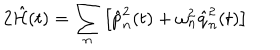
LaTeX: 2 \hat { { \cal H } } ( t ) = \sum _ { n } \left[ \hat { p } _ { n } ^ { 2 } ( t ) + \omega _ { n } ^ { 2 } \hat { q } _ { n } ^ { 2 } ( t ) \right]